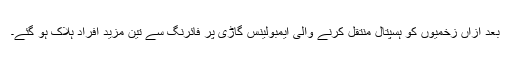
بعد ازاں زخمیوں کو ہسپتال منتقل کرنے والی ایمبولینس گاڑی پر فائرنگ سے تین مزید افراد ہلاک ہو گئے۔